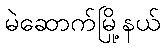
မဲဆောက်မြို့နယ်